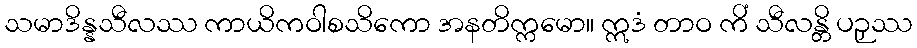
သမာဒိန္နသီလဿ ကာယိကဝါစသိကော အနတိက္ကမော။ ဣဒံ တာဝ ကိံ သီလန္တိ ပဉှဿ